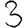
Digit: 3